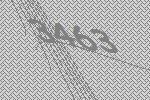
3463